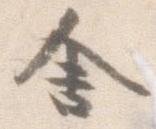
舎